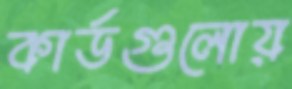
কার্ডগুলোয়